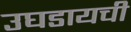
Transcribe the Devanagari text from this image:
उघडायची